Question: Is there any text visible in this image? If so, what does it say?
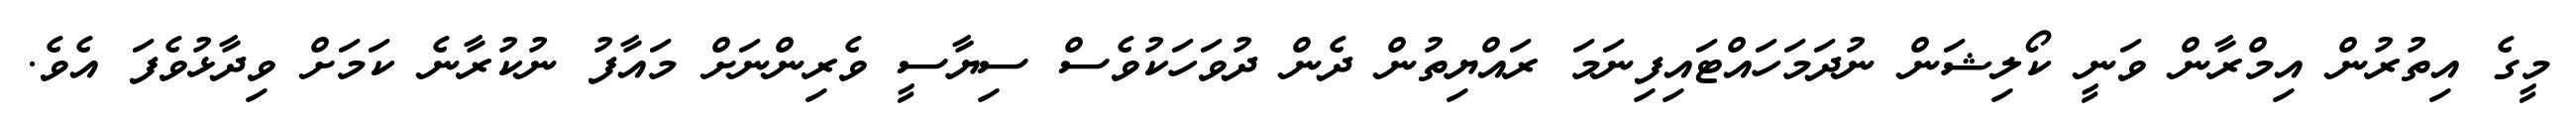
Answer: މީގެ އިތުރުން އިމްރާން ވަނީ ކޯލިޝަން ނުދަމަހައްޓައިފިނަމަ ރައްޔިތުން ދެން ދުވަހަކުވެސް ސިޔާސީ ވެރިންނަށް މައާފު ނުކުރާނެ ކަމަށް ވިދާޅުވެފަ އެވެ.